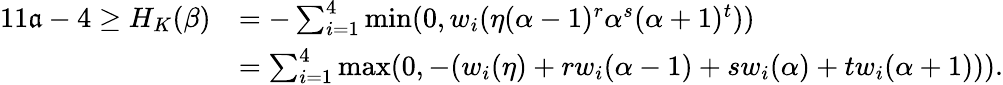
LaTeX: \begin{array}{rl}{11{\mathfrak a}-4\geq H_{K}(\beta)}&{=-\sum_{i=1}^{4}\operatorname*{min}(0,w_{i}(\eta(\alpha-1)^{r}\alpha^{s}(\alpha+1)^{t}))}\\ &{=\sum_{i=1}^{4}\operatorname*{max}(0,-(w_{i}(\eta)+rw_{i}(\alpha-1)+sw_{i}(\alpha)+tw_{i}(\alpha+1))).}\end{array}